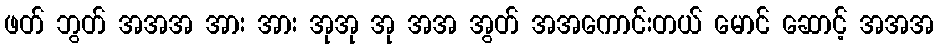
ဖတ် ဘွတ် အအအ အား အား အုအု အု အအ အွတ် အအကောင်းတယ် မောင် ဆောင့် အအအ